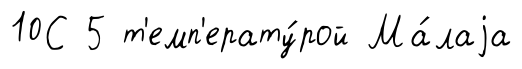
10С 5 т'емп'ерату́рой Ма́лаjа